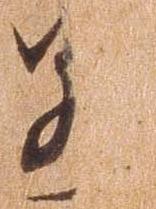
若